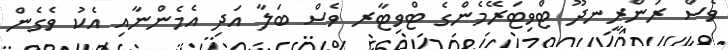
ވެސް ރަންރީނދޫ ޓްވިޓަރޭމެންގެ ޓްވިޓާރ ވެސް ބަލާ އަދި އެމެންނާއި އެކު ވެގެން